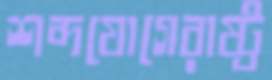
শব্দযোগেরাষ্ট্র